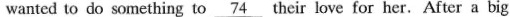
wanted to do something to \underline{74} their love for her. After a big